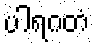
ပါရဂတံ